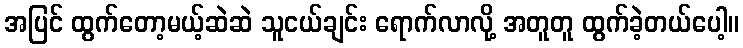
အပြင် ထွက်တော့မယ့်ဆဲဆဲ သူငယ်ချင်း ရောက်လာလို့ အတူတူ ထွက်ခဲ့တယ်ပေါ့။